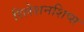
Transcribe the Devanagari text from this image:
रिलेशनशिप्स